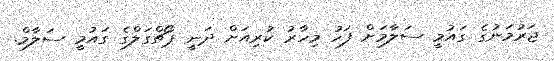
ޖަރުމަނުގެ ގައުމީ ސަލާމަށް ފަހު މިހާރު ކުރިއަށް ދަނީ ޕޯޗްގަލްގެ ގައުމީ ސަލާމް.